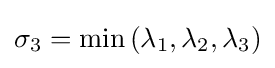
\sigma _{3}=\min \left(\lambda _{1},\lambda _{2},\lambda _{3}\right)